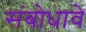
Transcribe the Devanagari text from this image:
संबोधावे